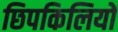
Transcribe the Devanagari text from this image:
छिपकिलियों